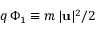
q \, \Phi _ { 1 } \equiv m \, | { \bf u } | ^ { 2 } / 2